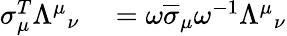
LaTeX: \begin{array}{rl}{\sigma_{\mu}^{T}{\Lambda^{\mu}}_{\nu}}&{{}=\omega{\overline{{\sigma}}}_{\mu}\omega^{-1}{\Lambda^{\mu}}_{\nu}}\end{array}